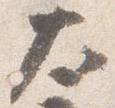
太